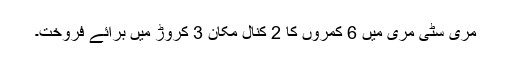
مری سٹی مری میں 6 کمروں کا 2 کنال مکان 3 کروڑ میں برائے فروخت۔